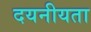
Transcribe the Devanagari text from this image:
दयनीयता